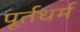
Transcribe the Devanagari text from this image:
पूर्तधर्म